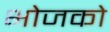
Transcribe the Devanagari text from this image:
भोजको